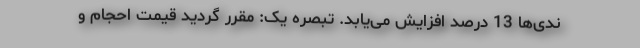
ندی‌ها 13 درصد افزایش می‌یابد. تبصره یک: مقرر گردید قیمت احجام و